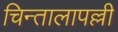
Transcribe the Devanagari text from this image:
चिन्तालापल्ली